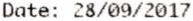
DATE: 28/09/2017